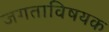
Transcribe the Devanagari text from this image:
जगताविषयक